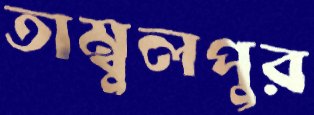
তাম্বুলপুর